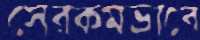
সেরকমভাবে